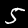
Label: 5